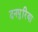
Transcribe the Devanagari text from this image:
दनपुरिया